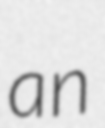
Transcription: an